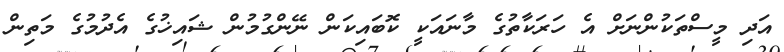
އަދި މީސްތަކުންނަށް އެ ހަރަކާތުގެ މާނައަކީ ކޮބައިކަން ނޭންގުމުން ޝައިޚުގެ އެދުމުގެ މަތިން